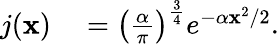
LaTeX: \begin{array}{rl}{j(\mathbf{x})}&{{}=\left(\frac{\alpha}{\pi}\right)^{\frac{3}{4}}e^{-\alpha\mathbf{x}^{2}/2}.}\end{array}